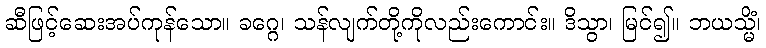
ဆီဖြင့်ဆေးအပ်ကုန်သော။ ခဂ္ဂေ၊ သန်လျက်တို့ကိုလည်းကောင်း။ ဒိသွာ၊ မြင်၍။ ဘယသ္မိံ၊